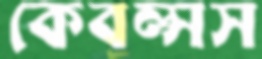
কেবল্সস